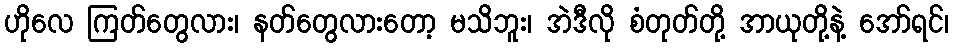
ဟိုလေ ကြတ်တွေလား၊ နတ်တွေလားတော့ မသိဘူး၊ အဲဒီလို စံတုတ်တို့ အာယုတို့နဲ့ အော်ရင်၊